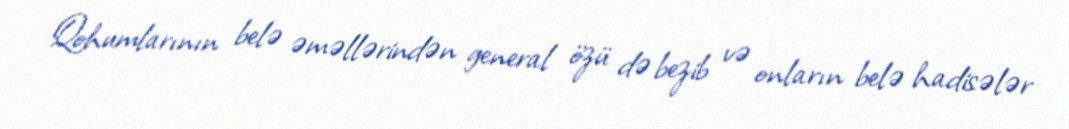
Qohumlarının belə əməllərindən general özü də bezib və onların belə hadisələr